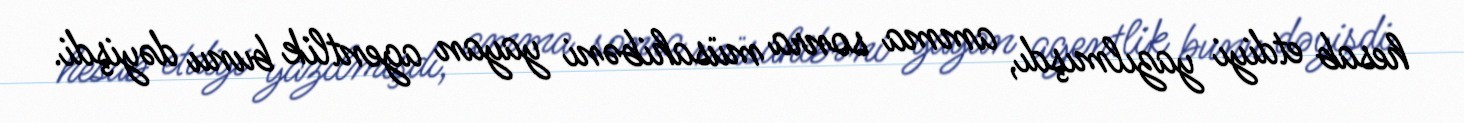
hesab etdiyi yazılmışdı, amma sonra müsahibəni yayan agentlik bunu dəyişdi.